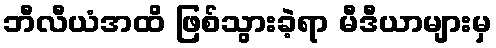
ဘီလီယံအထိ ဖြစ်သွားခဲ့ရာ မီဒီယာများမှ